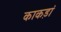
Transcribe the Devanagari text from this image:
काकड़ां